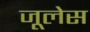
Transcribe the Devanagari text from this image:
जूलेस